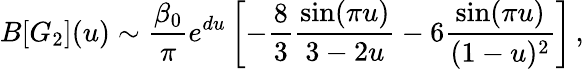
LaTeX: B[G_{2}](u)\sim{\frac{\beta_{0}}{\pi}}e^{du}\left[-{\frac{8}{3}}{\frac{\sin(\pi u)}{3-2u}}-6{\frac{\sin(\pi u)}{(1-u)^{2}}}\right]\, ,